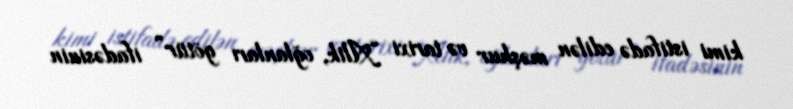
kimi istifadə edilən məşhur və tarixi “Alik, oğlanları götür” ifadəsinin